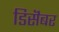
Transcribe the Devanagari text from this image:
डिसॆंबर